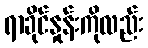
ရာခိုင်နှုန်းကိုလည်း